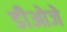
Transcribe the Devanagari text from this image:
डीओजे